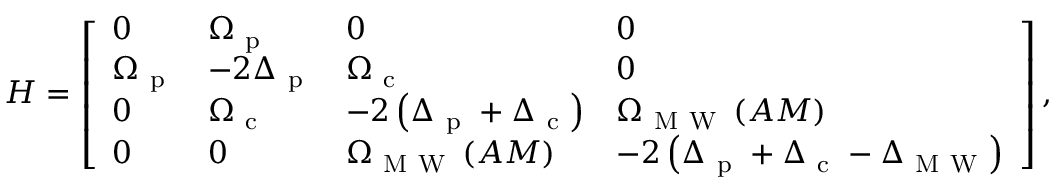
H = \left[ \begin{array} { l l l l } { 0 } & { \Omega _ { \mathrm { ~ p ~ } } } & { 0 } & { 0 } \\ { \Omega _ { \mathrm { ~ p ~ } } } & { - 2 \Delta _ { \mathrm { ~ p ~ } } } & { \Omega _ { \mathrm { ~ c ~ } } } & { 0 } \\ { 0 } & { \Omega _ { \mathrm { ~ c ~ } } } & { - 2 \left( \Delta _ { \mathrm { ~ p ~ } } + \Delta _ { \mathrm { ~ c ~ } } \right) } & { \Omega _ { \mathrm { ~ M ~ W ~ } } \left( A M \right) } \\ { 0 } & { 0 } & { \Omega _ { \mathrm { ~ M ~ W ~ } } \left( A M \right) } & { - 2 \left( \Delta _ { \mathrm { ~ p ~ } } + \Delta _ { \mathrm { ~ c ~ } } - \Delta _ { { \mathrm { ~ M ~ W ~ } } } \right) } \end{array} \right] ,